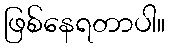
ဖြစ်နေရတာပါ။